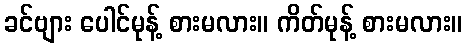
ခင်ဗျား ပေါင်မုန့် စားမလား။ ကိတ်မုန့် စားမလား။